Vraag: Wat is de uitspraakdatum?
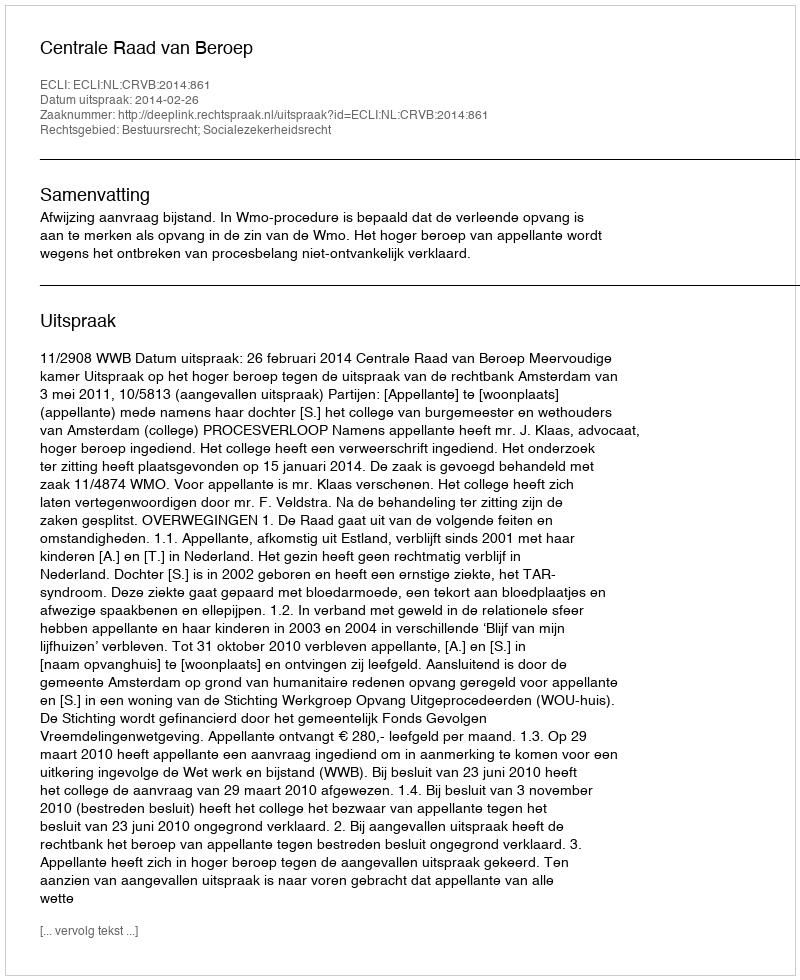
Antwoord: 2014-02-26